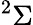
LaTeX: ^2\Sigma